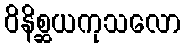
ဝိနိစ္ဆယကုသလော